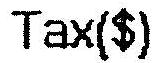
TAX($)